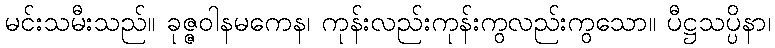
မင်းသမီးသည်။ ခုဇ္ဇဝါနမကေန၊ ကုန်းလည်းကုန်းကွလည်းကွသော။ ပီဋ္ဌသပ္ပိနာ၊